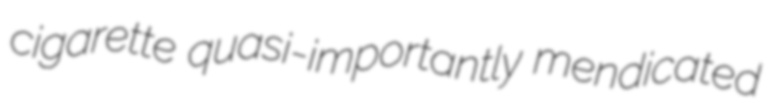
cigarette quasi-importantly mendicated